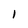
Character: I